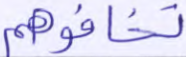
تخافوهم